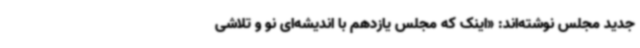
جدید مجلس نوشته‌اند: «اینک که مجلس یازدهم با اندیشه‌ای نو و تلاشی